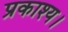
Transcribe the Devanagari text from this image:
प्रकाश्य।